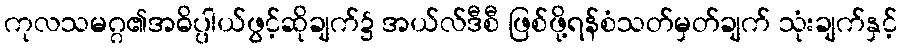
ကုလသမဂ္ဂ၏အဓိပ္ပါယ်ဖွင့်ဆိုချက်၌ အယ်လ်ဒီစီ ဖြစ်ဖို့ရန်စံသတ်မှတ်ချက် သုံးချက်နှင့်